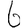
Digit: 6